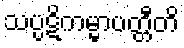
သပ္ပဋိကမ္မာပတ္တီတိ